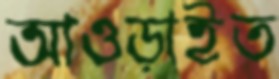
আওড়াইত